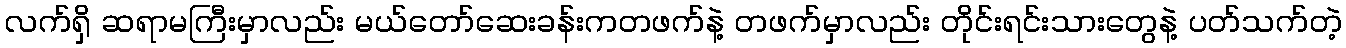
လက်ရှိ ဆရာမကြီးမှာလည်း မယ်တော်ဆေးခန်းကတဖက်နဲ့ တဖက်မှာလည်း တိုင်းရင်းသားတွေနဲ့ ပတ်သက်တဲ့